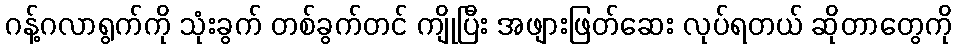
ဂန့်ဂလာရွက်ကို သုံးခွက် တစ်ခွက်တင် ကျိုပြီး အဖျားဖြတ်ဆေး လုပ်ရတယ် ဆိုတာတွေကို